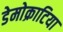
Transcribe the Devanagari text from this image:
डेमोक्राटिया